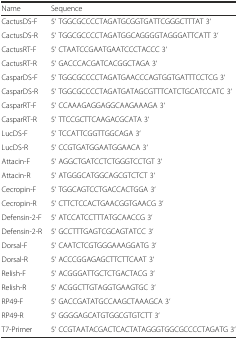
<table><thead><tr><td><b>Name</b></td><td><b>Sequence</b></td></tr></thead><tbody><tr><td>CactusDS-F</td><td>5‘ TGGCGCCCCTAGATGCGGTGATTCGGGCTTTAT 3‘</td></tr><tr><td>CactusDS-R</td><td>5‘ TGGCGCCCCTAGATGGCAGGGGTAGGGATTCATT 3‘</td></tr><tr><td>CactusRT-F</td><td>5‘ CTAATCCGAATGAATCCCTACCC 3‘</td></tr><tr><td>CactusRT-R</td><td>5‘ GACCCACGATCACGGCTAGA 3‘</td></tr><tr><td>CasparDS-F</td><td>5‘ TGGCGCCCCTAGATGAACCCAGTGGTGATTTCCTCG 3‘</td></tr><tr><td>CasparDS-R</td><td>5‘ TGGCGCCCCTAGATGATAGCGTTTCATCTGCATCCATC 3‘</td></tr><tr><td>CasparRT-F</td><td>5‘ CCAAAGAGGAGGCAAGAAAGA 3‘</td></tr><tr><td>CasparRT-R</td><td>5‘ TTCCGCTTCAAGACGCATA 3‘</td></tr><tr><td>LucDS-F</td><td>5‘ TCCATTCGGTTGGCAGA 3‘</td></tr><tr><td>LucDS-R</td><td>5‘ CCGTGATGGAATGGAACA 3‘</td></tr><tr><td>Attacin-F</td><td>5‘ AGGCTGATCCTCTGGGTCCTGT 3‘</td></tr><tr><td>Attacin-R</td><td>5‘ ATGGGCATGGCAGCGTCTCT 3‘</td></tr><tr><td>Cecropin-F</td><td>5‘ TGGCAGTCCTGACCACTGGA 3‘</td></tr><tr><td>Cecropin-R</td><td>5‘ CTTCTCCACTGAACGGTGAACG 3‘</td></tr><tr><td>Defensin-2-F</td><td>5‘ ATCCATCCTTTATGCAACCG 3‘</td></tr><tr><td>Defensin-2-R</td><td>5‘ GCCTTTGAGTCGCAGTATCC 3‘</td></tr><tr><td>Dorsal-F</td><td>5‘ CAATCTCGTGGGAAAGGATG 3‘</td></tr><tr><td>Dorsal-R</td><td>5‘ ACCCGGAGAGCTTCTTCAAT 3‘</td></tr><tr><td>Relish-F</td><td>5‘ ACGGGATTGCTCTGACTACG 3‘</td></tr><tr><td>Relish-R</td><td>5‘ ACGGCTTGTAGGTGAAGTGC 3‘</td></tr><tr><td>RP49-F</td><td>5‘ GACCGATATGCCAAGCTAAAGCA 3‘</td></tr><tr><td>RP49-R</td><td>5‘ GGGGAGCATGTGGCGTGTCTT 3‘</td></tr><tr><td>T7-Primer</td><td>5‘ CCGTAATACGACTCACTATAGGGTGGCGCCCCTAGATG 3‘</td></tr></tbody></table>